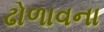
ઢોળાવના